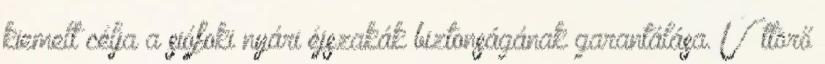
kiemelt célja a siófoki nyári éjszakák biztonságának garantálása. Úttörő